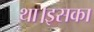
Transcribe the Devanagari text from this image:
था।इसका